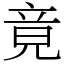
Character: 竟